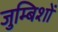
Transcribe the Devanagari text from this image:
जुम्बिशों